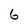
Character: 6